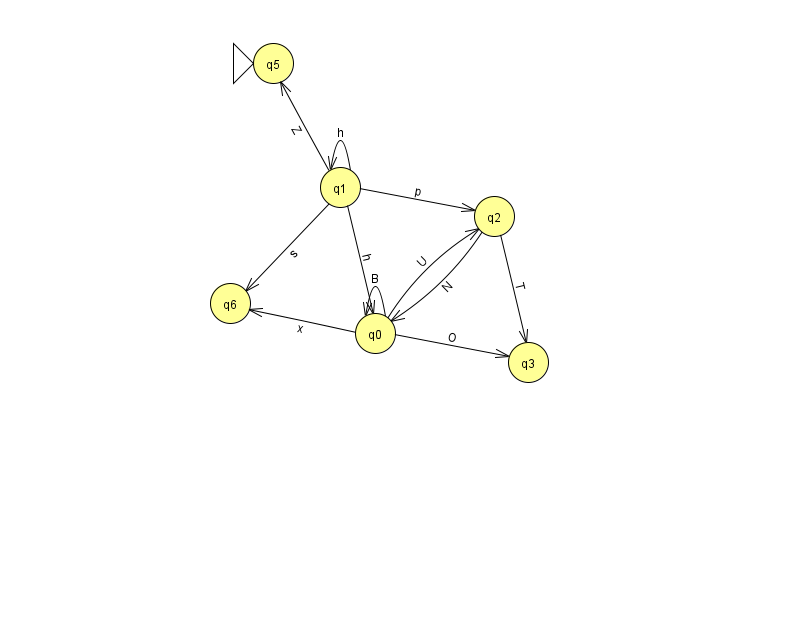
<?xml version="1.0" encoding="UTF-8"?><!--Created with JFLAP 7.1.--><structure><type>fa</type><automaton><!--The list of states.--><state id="0" name="q0"><x>375.0</x><y>320.0</y></state><state id="1" name="q1"><x>340.0</x><y>174.0</y></state><state id="2" name="q2"><x>494.0</x><y>203.0</y></state><state id="3" name="q3"><x>528.0</x><y>349.0</y></state><state id="5" name="q5"><x>273.0</x><y>50.0</y><initial/></state><state id="6" name="q6"><x>230.0</x><y>290.0</y></state><!--The list of transitions.--><transition><from>1</from><to>0</to><read>h</read></transition><transition><from>0</from><to>0</to><read>B</read></transition><transition><from>1</from><to>2</to><read>p</read></transition><transition><from>0</from><to>6</to><read>x</read></transition><transition><from>2</from><to>0</to><read>N</read></transition><transition><from>1</from><to>6</to><read>s</read></transition><transition><from>0</from><to>3</to><read>O</read></transition><transition><from>1</from><to>1</to><read>h</read></transition><transition><from>1</from><to>5</to><read>Z</read></transition><transition><from>2</from><to>3</to><read>T</read></transition><transition><from>0</from><to>2</to><read>U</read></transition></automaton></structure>